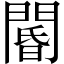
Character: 閽